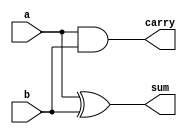
module half_adder(input a, input b, output sum, output carry);
	
	xor saida_da_soma(sum, a, b);
	and saida_do_carry(carry, a, b);
	
	//assign sum = a ^ b;
	//assign carry = a & b;
endmodule